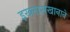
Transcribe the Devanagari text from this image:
इख्लासखानाने